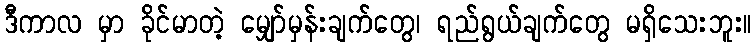
ဒီကာလ မှာ ခိုင်မာတဲ့ မျှော်မှန်းချက်တွေ၊ ရည်ရွယ်ချက်တွေ မရှိသေးဘူး။